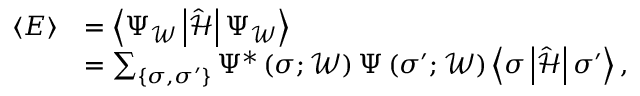
\begin{array} { r l } { \langle E \rangle } & { = \left\langle \Psi _ { \mathcal { W } } \left| \hat { \mathcal { H } } \right| \Psi _ { \mathcal { W } } \right\rangle } \\ & { = \sum _ { \left\{ \boldsymbol { \sigma } , \boldsymbol { \sigma } ^ { \prime } \right\} } \Psi ^ { * } \left( \boldsymbol { \sigma } ; \mathcal { W } \right) \Psi \left( \boldsymbol { \sigma } ^ { \prime } ; \mathcal { W } \right) \left\langle \boldsymbol { \sigma } \left| \hat { \mathcal { H } } \right| \boldsymbol { \sigma } ^ { \prime } \right\rangle , } \end{array}